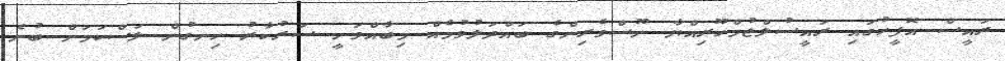
ރައީސް އޮފީހުގައި ރައީސުލްޖުމްހޫރިއްޔާ ނޫސްވެރިންގެ ބައްދަލުވުމެއް މިބާއްވަނީ ސަރުކާރު ހިނގުން ލަސްކަމަށް ބުނެ